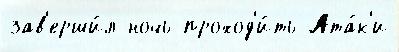
зав'ерши́л ночь проход'и́ть Ата́к'и